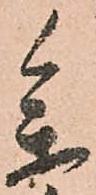
参